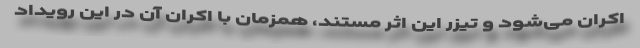
اکران می‌شود و تیزر این اثر مستند، همزمان با اکران آن در این رویداد